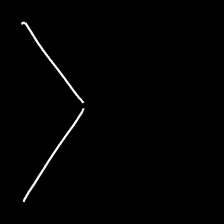
Glyph: region